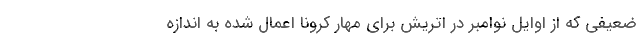
ضعیفی که از اوایل نوامبر در اتریش برای مهار کرونا اعمال شده به اندازه